Annual administration and progress report of the Indian Medical Department, Bombay
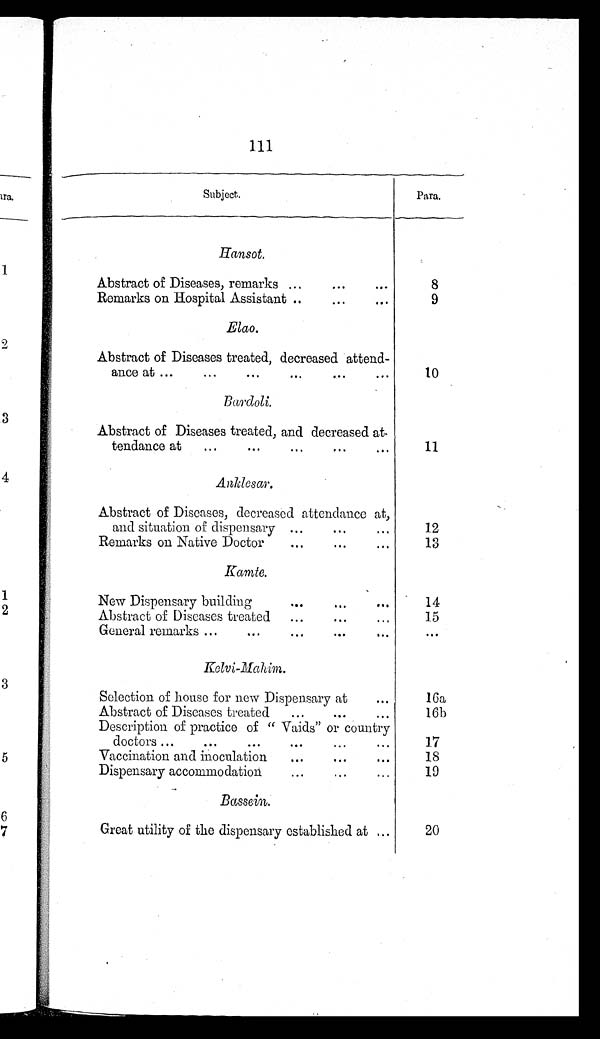
111
Subject.
Para.
Hansot.
Abstract of Diseases, remarks ...
...
..
8
Remarks on Hospital Assistant ..
...
...
9
Elao.
Abstract of Diseases treated, decreased attend-
ance at ...
...
...
...
...
...
10
B a r d o l i .
Abstract of Diseases treated, and decreased at
-
tendance at
...
...
...
...
11
Anklesar.
Abstract of Diseases, decreased attendance at,
and situation of dispensary ... ...
12
Remarks on Native Doctor
...
...
...
1 3
K a m t e .
New Dispensary building
...
...
...
14
Abstract of Diseases treated
...
...
...
15
General remarks ...
...
...
...
...
. . .
K e l v i - M a h i m .
Selection of house for new Dispensary at
16a
Abstract of Diseases treated
...
...
...
16b
Description of practice of “ Vaids” or country
doctors ...
...
...
...
...
17
Vaccination and inoculation
...
...
...
18
Dispensary accommodation
...
...
19
Bassein.
Great utility of the dispensary established at ...
2 0